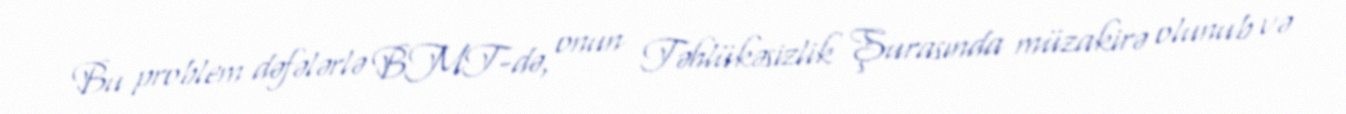
Bu problem dəfələrlə BMT-də, onun Təhlükəsizlik Şurasında müzakirə olunub və